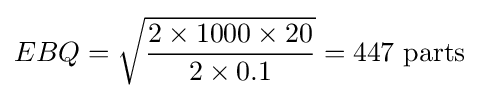
EBQ={\sqrt {\frac {2\times 1000\times 20}{2\times 0.1}}}=447{\text{ parts}}